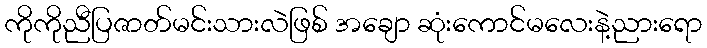
ကိုကိုညီပြဇာတ်မင်းသားလဲဖြစ် အချော ဆုံးကောင်မလေးနဲ့ညားရော